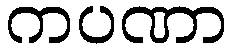
ကပဏာ